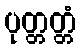
ပုတ္တတ္တံ